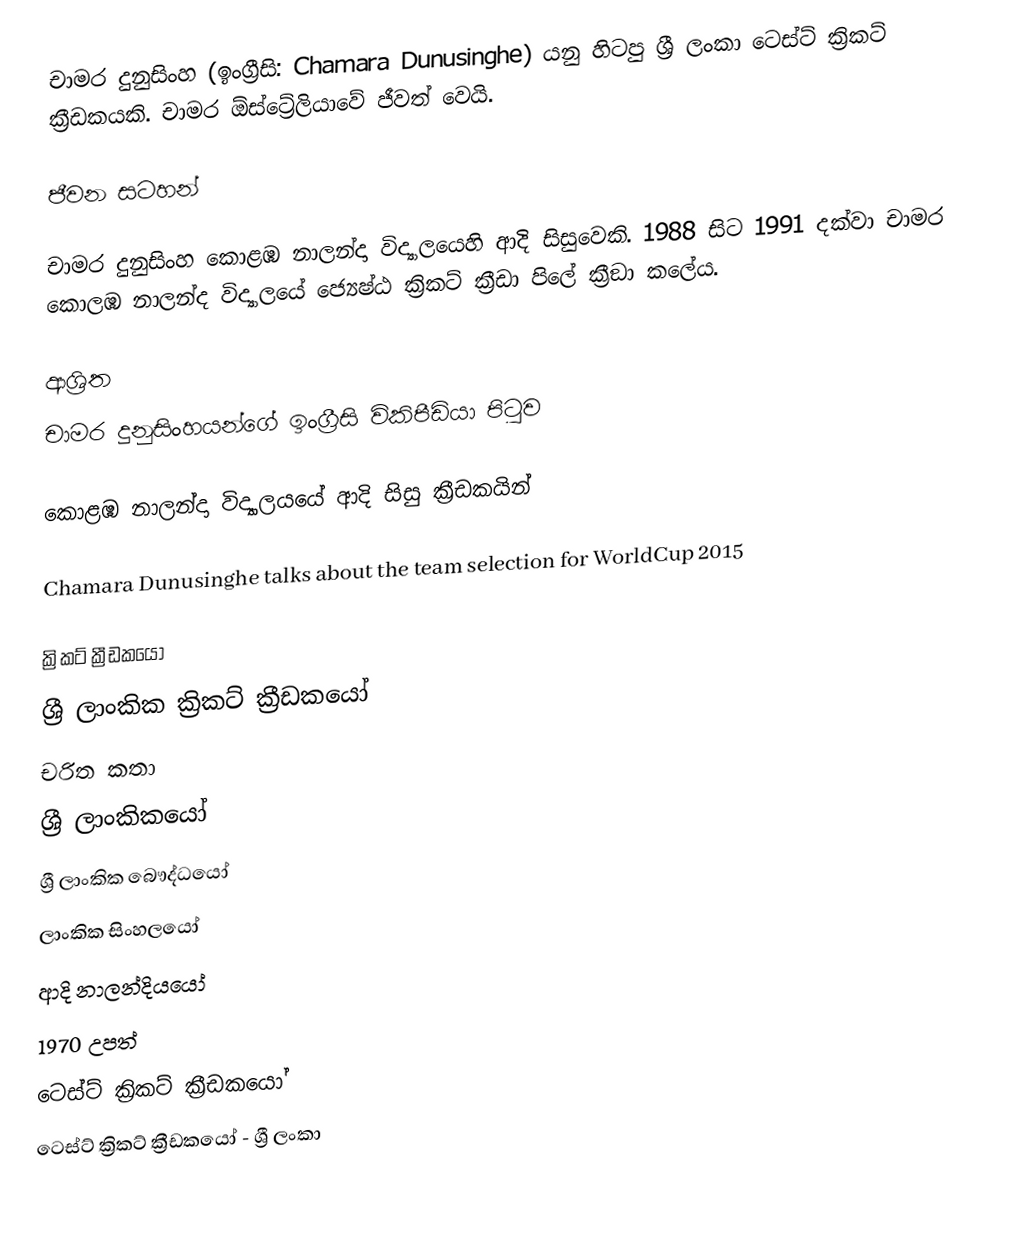
චාමර දුනුසිංහ (ඉංග්‍රීසි: Chamara Dunusinghe) යනු හිටපු ශ්‍රී ලංකා ටෙස්ට් ක්‍රිකට් ක්‍රීඩකයකි. චාමර ඕස්ට්‍රේලියාවේ ජීවත් වෙයි.

ජීවන සටහන්

චාමර දුනුසිංහ  කොළඹ නාලන්දා විද්‍යා‍ලයෙහි ආදි සිසුවෙකි. 1988 සිට 1991 දක්වා චාමර කොලඹ නාලන්ද  විද්‍යාලයේ  ජ්‍යෙෂ්ඨ ක්‍රිකට් ක්‍රීඩා පිලේ ක්‍රීඞා කලේය.

ආශ්‍රිත
 චාමර දුනුසිංහයන්ගේ ඉංග්‍රීසි විකිපීඩියා පිටුව

 කොළඹ නාලන්දා විද්‍යාලයයේ ආදි සිසු ක්‍රීඩකයින්

 Chamara Dunusinghe talks about the team selection for WorldCup 2015

ක්‍රිකට් ක්‍රීඩකයෝ
ශ්‍රී ලාංකික ක්‍රිකට් ක්‍රීඩකයෝ
චරිත කතා
ශ්‍රී ලාංකිකයෝ
ශ්‍රී ලාංකික බෞද්ධයෝ
ලාංකික සිංහලයෝ
ආදි නාලන්දියයෝ
1970 උපත්
ටෙස්ට් ක්‍රිකට් ක්‍රීඩකයෝ
ටෙස්ට් ක්‍රිකට් ක්‍රීඩකයෝ - ශ්‍රී ලංකා